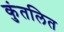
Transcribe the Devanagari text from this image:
कुंतलित